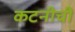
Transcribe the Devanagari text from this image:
कटनीची